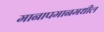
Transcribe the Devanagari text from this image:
मानापमानमधील